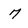
Character: 7